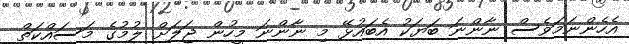
އެހެންނަމަވެސް ނާންނަ ބަޔަކު އެބައުޅޭ މި ނާންނަ މީހުން ޖަލަށް ލުމުގެ މަސައްކަތް